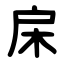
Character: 㦿